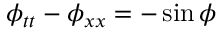
\phi _ { t t } - \phi _ { x x } = - \sin \phi